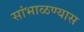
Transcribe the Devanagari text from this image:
सांभाळण्‍यास